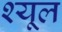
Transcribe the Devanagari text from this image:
श्यूल